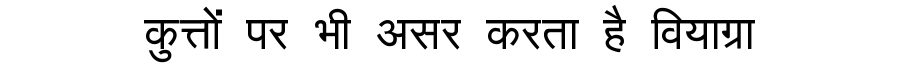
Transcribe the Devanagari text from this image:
कुत्तों पर भी असर करता है वियाग्रा